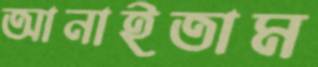
আনাইতাম